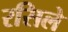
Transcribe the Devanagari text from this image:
रसिले